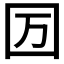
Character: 𡆭